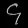
Digit: ၄